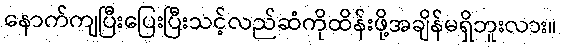
နောက်ကျပြီးပြေးပြီးသင့်လည်ဆံကိုထိန်းဖို့အချိန်မရှိဘူးလား။